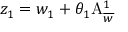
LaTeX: z _ { 1 } = w _ { 1 } + \theta _ { 1 } \mathrm { A } _ { \overline { { { w } } } } ^ { 1 }